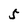
Character: 5